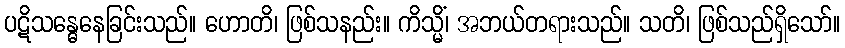
ပဋိသန္ဓေနေခြင်းသည်။ ဟောတိ၊ ဖြစ်သနည်း။ ကိသ္မိံ၊ အဘယ်တရားသည်။ သတိ၊ ဖြစ်သည်ရှိသော်။